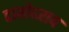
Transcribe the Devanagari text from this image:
दामोदराय